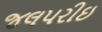
જલપરીઇ